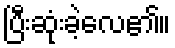
ပြီးဆုံးခဲ့လေ၏။